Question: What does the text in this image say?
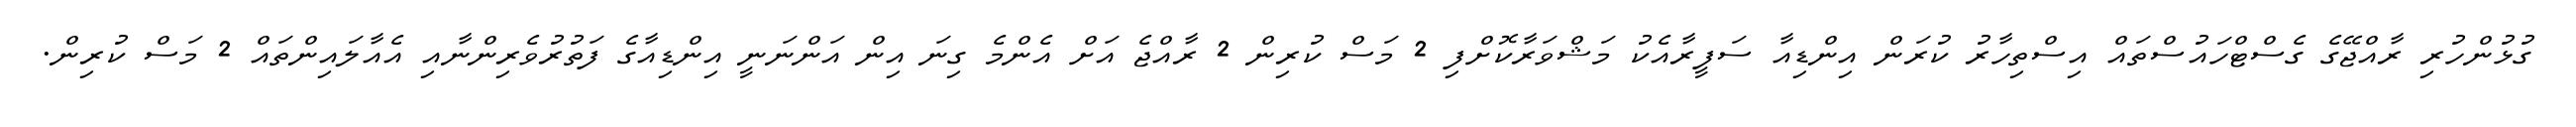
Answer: ގުޅުންހުރި ރާއްޖޭގެ ގެސްޓްހައުސްތައް އިސްތިހާރު ކުރަން އިންޑިއާ ސަފީރާއެކު މަޝްވަރާކޮށްފި 2 މަސް ކުރިން 2 ރާއްޖެ އަށް އެންމެ ގިނަ އިން އަންނަނީ އިންޑިއާގެ ފަތުރުވެރިންނާއި އެއާލައިންތައް 2 މަސް ކުރިން.